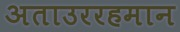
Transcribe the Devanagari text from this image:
अताउररहमान